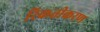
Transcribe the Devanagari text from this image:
रिकतीकरण